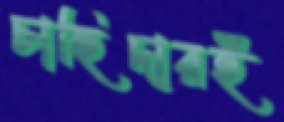
চাহিদারই